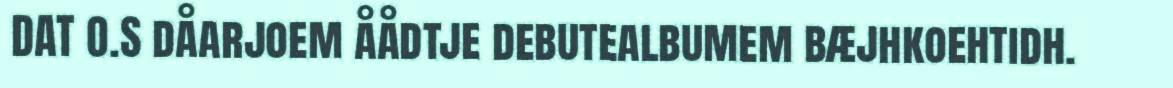
DAT O.S dåarjoem åådtje debutealbumem bæjhkoehtidh.